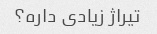
تیراژ زیادی داره؟